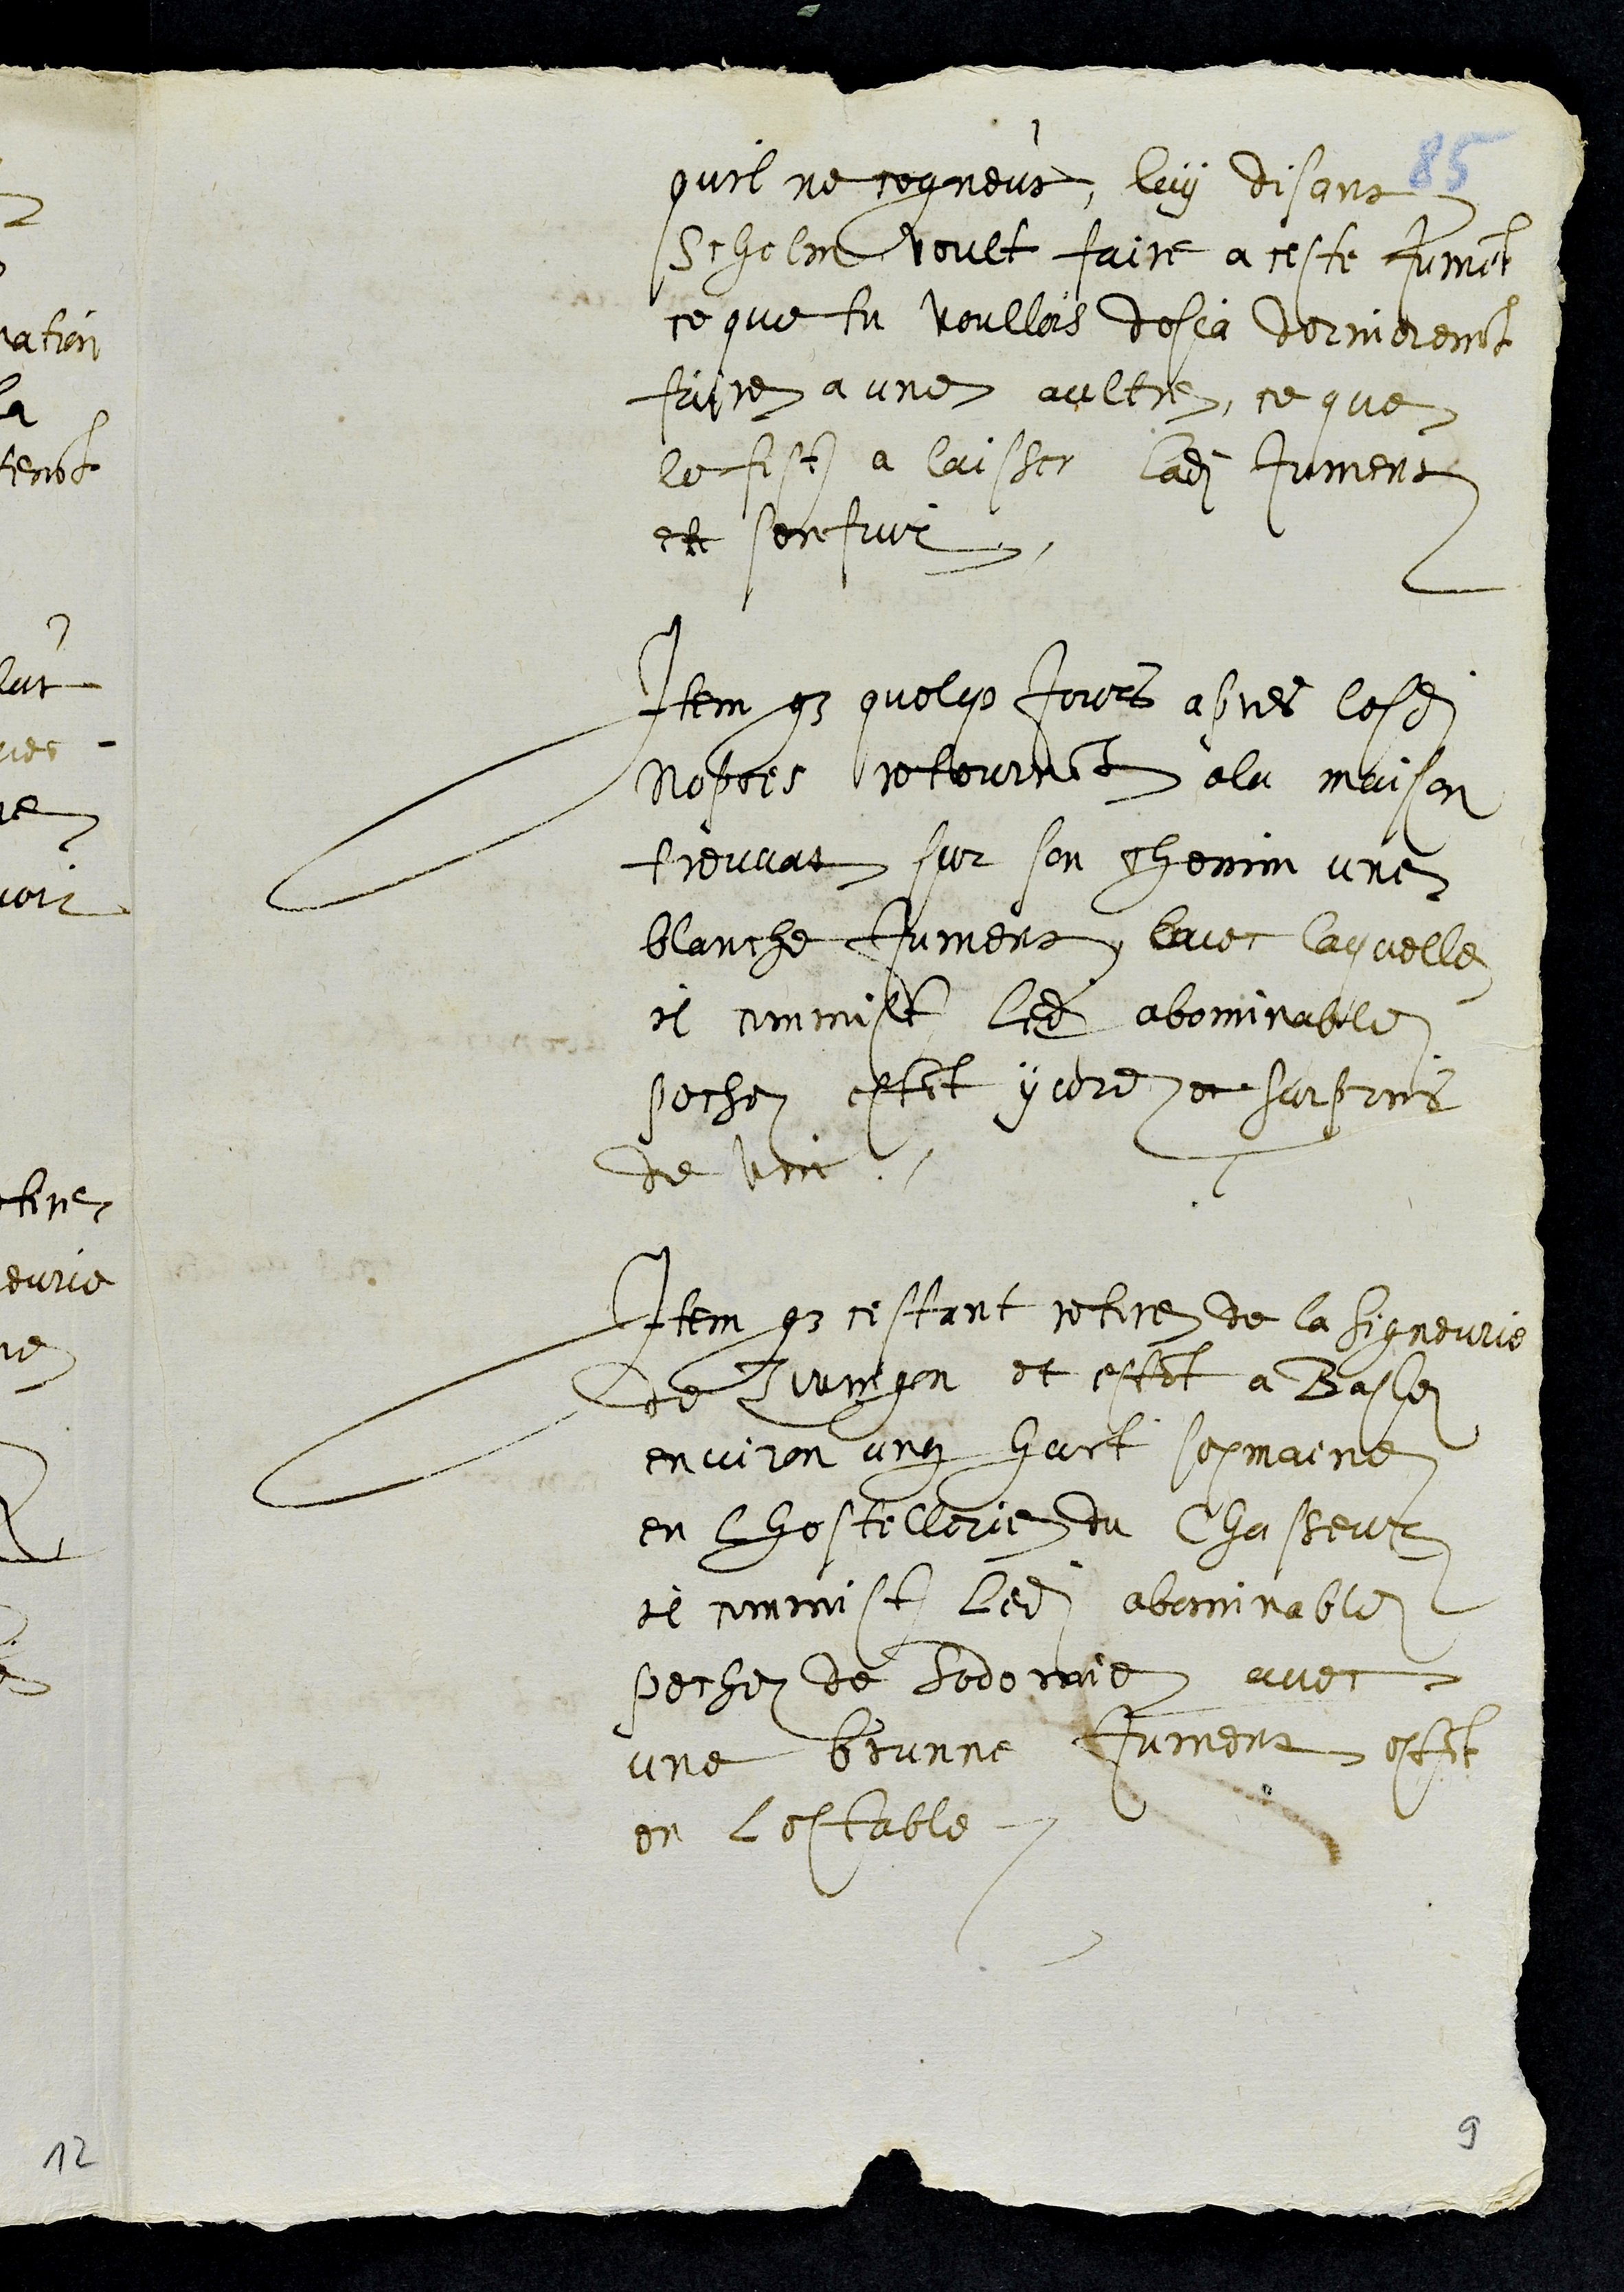
quil ne cogneut luy disans
Schelm voult faire a ceste Jument
ce que tu voullois desja dernierement
faire a une aultre, ce que
le fist a laisser ladite Jument
et senfuir.
Item que quelque jours apres lesdites
nopces retournant a la maison
treuvat sur son chemin une
blanche Jument, avec laquelle
il commist ledit abominable
pechez estant yvre et surpris
de vin
Item que cestant retire de la Signeurie
de Zwingen et estant a Basle
environ ung huit sepmaine
en lhostellerie du Chasseur
il commist ledit abominable.
pechez de sodomie avec
une brunne Jument estant
en lestable.
9